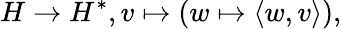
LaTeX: H\to H^{*},v\mapsto(w\mapsto\langle w,v\rangle),